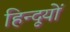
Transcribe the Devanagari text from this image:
हिन्दूयों